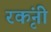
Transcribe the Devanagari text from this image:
रकृंनी